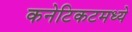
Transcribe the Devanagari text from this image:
कनेटिकटमध्ये